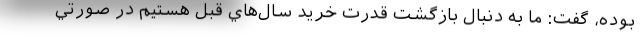
بوده، گفت: ما به دنبال بازگشت قدرت خريد سال‌هاي قبل هستيم در صورتي